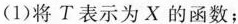
(1)将T表示为X的函数；